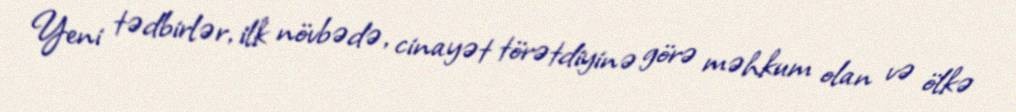
Yeni tədbirlər, ilk növbədə, cinayət törətdiyinə görə məhkum olan və ölkə